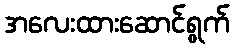
အလေးထားဆောင်ရွက်